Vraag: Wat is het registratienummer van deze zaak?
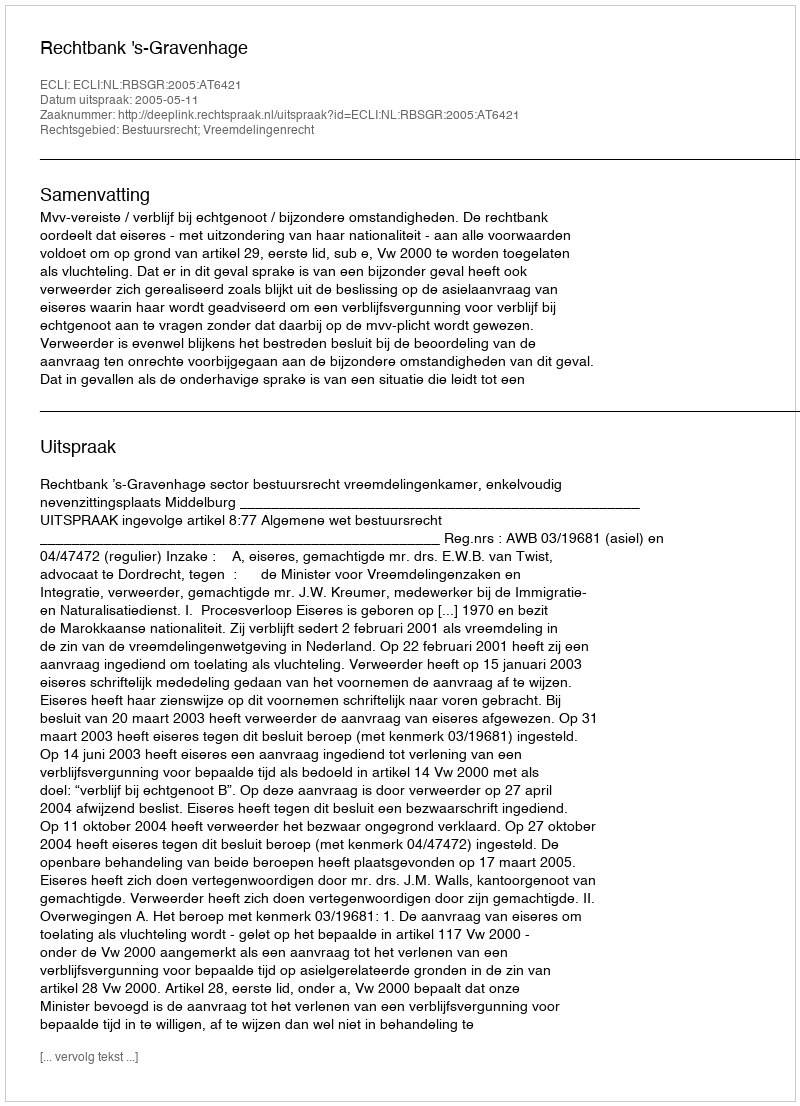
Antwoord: http://deeplink.rechtspraak.nl/uitspraak?id=ECLI:NL:RBSGR:2005:AT6421